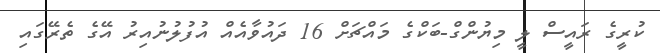
ކުރީގެ ރައީސް ލީ މިޔުންގް-ބަކްގެ މައްޗަށް 16 ދައުވާއެއް އުފުލުނުއިރު އޭގެ ތެރޭގައި